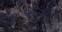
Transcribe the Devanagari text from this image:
धात्रे